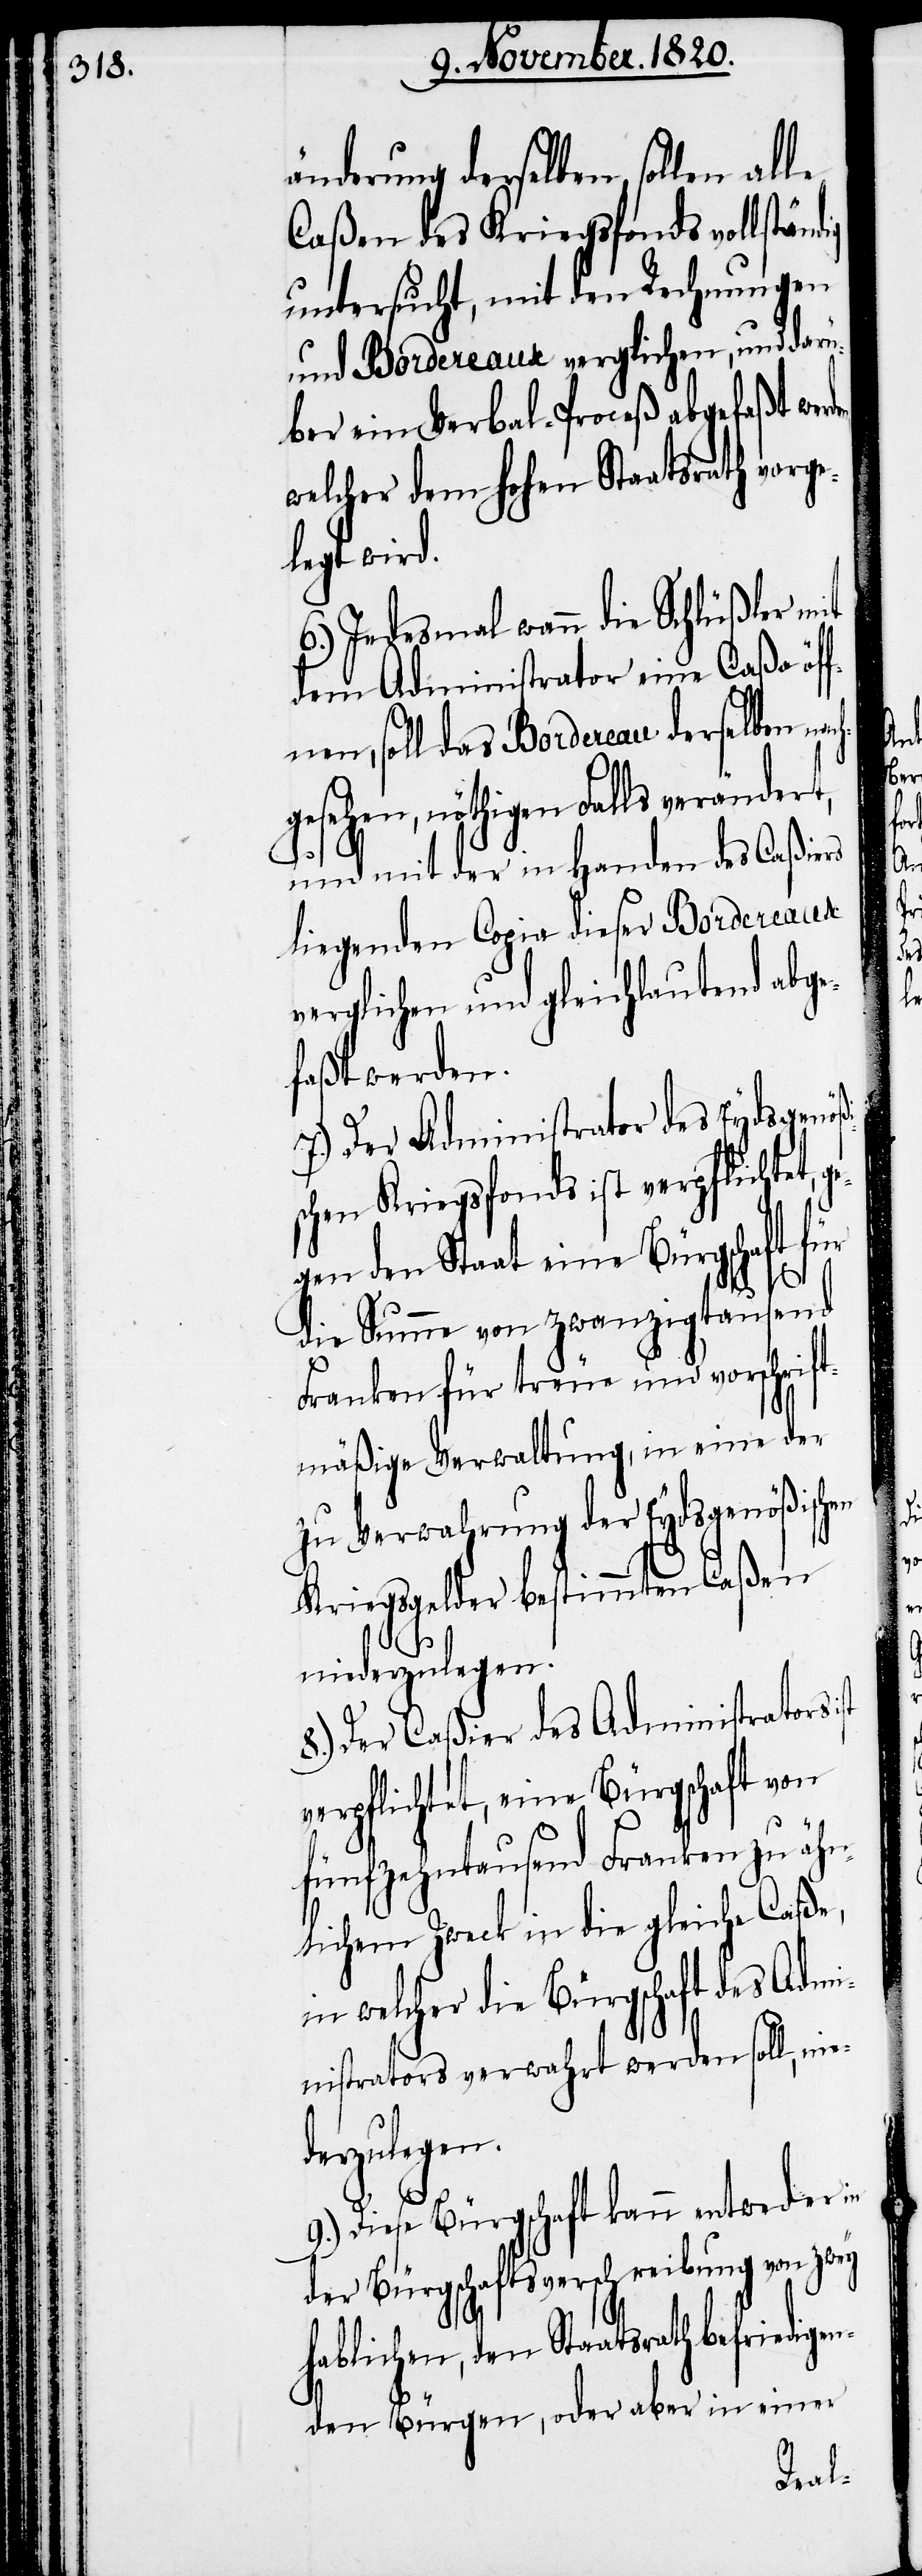
änderung derselben, sollen alle
Caßen des Kriegsfonds vollstän¬
untersucht, mit den Rechnungen
und Borderaux verglichen, und darü¬
ber ein Verbal-Proceß abgefaßt wer¬
welcher dem hohen Staatsrath vorge¬
legt wird.
6.) Jedesmal wann die Schlüßler mit
dem Administrator eine Caßa öff¬
dig
gesehen, nöthigen Falls verändert,
und mit der in Handen des Caßiers
liegenden Copie dieser Borderaux
verglichen und gleichlautend abge¬
faßt werden.
7.) Der Administrator des Eydsgenö¬
schen Kriegsfonds ist verpflichtet,
gen den Staat eine Bürgschaft für
die Summe von zwanzigtausend
Franken für treue und vorschrif¬
tmäßige Verwaltung, in eine der
zu Verwahrung der Eydsgenößischen
Kriegsgelder bestimmten Caßen
niederzulegen.
8.) Der Caßier des Administrators
verpflichtet, eine Bürgschaft von
fünfzehntausend Franken zu ähn¬
lichem Zweck in die gleiche Caße,
in welcher die Bürgschaft des Admi¬
nistrators verwahrt werden soll, nie¬
derzulegen.
9.) Diese Bürgschaft kann entweder in
der Bürgschaftsverschreibung von zwey
hablichen, den Staatsrath befriedige¬
nden Bürgen, oder aber in einer
nach¬

ge¬